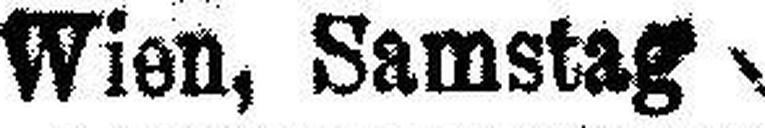
Wien, Samstag